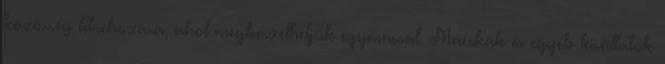
közösség létrehozása, ahol megbeszélhetjük egymással. Macskák és egyéb kisállatok